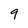
Character: 9